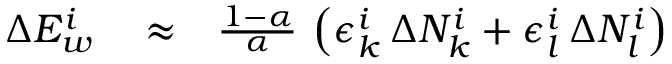
\begin{array} { r l r } { \Delta E _ { w } ^ { i } } & { { } \approx } & { \frac { 1 - \alpha } { \alpha } \, \left( \epsilon _ { k } ^ { i } \, \Delta N _ { k } ^ { i } + \epsilon _ { l } ^ { i } \, \Delta N _ { l } ^ { i } \right) } \end{array}